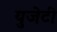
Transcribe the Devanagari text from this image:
युजेटी